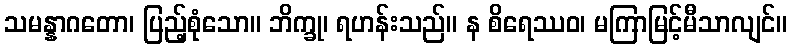
သမန္နာဂတော၊ ပြည့်စုံသော။ ဘိက္ခု၊ ရဟန်းသည်။ န စိရေဿဝ၊ မကြာမြင့်မီသာလျင်။